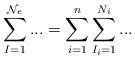
LaTeX: \begin{align*}\sum_{I=1}^{\mathcal{N}_{e}}...=\sum_{i=1}^{n}\sum_{I_{i}=1}^{N_{i}}...\end{align*}